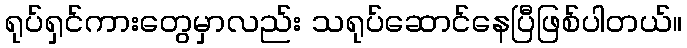
ရုပ်ရှင်ကားတွေမှာလည်း သရုပ်ဆောင်နေပြီဖြစ်ပါတယ်။